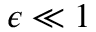
\epsilon \ll 1